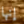
إنها